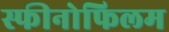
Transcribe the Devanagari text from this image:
स्फीनोफिलम